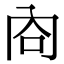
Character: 㕯